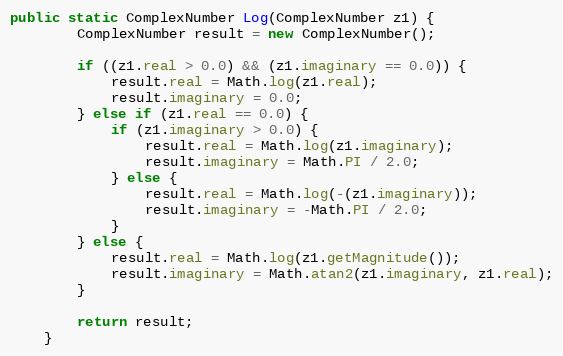
Language: Java
public static ComplexNumber Log(ComplexNumber z1) {
        ComplexNumber result = new ComplexNumber();

        if ((z1.real > 0.0) && (z1.imaginary == 0.0)) {
            result.real = Math.log(z1.real);
            result.imaginary = 0.0;
        } else if (z1.real == 0.0) {
            if (z1.imaginary > 0.0) {
                result.real = Math.log(z1.imaginary);
                result.imaginary = Math.PI / 2.0;
            } else {
                result.real = Math.log(-(z1.imaginary));
                result.imaginary = -Math.PI / 2.0;
            }
        } else {
            result.real = Math.log(z1.getMagnitude());
            result.imaginary = Math.atan2(z1.imaginary, z1.real);
        }

        return result;
    }